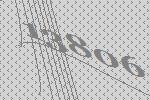
13806